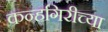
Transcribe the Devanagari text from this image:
कन्हगिरीच्या